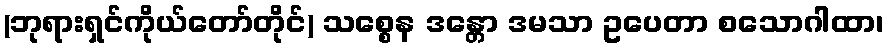
(ဘုရားရှင်ကိုယ်တော်တိုင်) သစ္စေန ဒန္တော ဒမသာ ဥပေတာ စသောဂါထာ၊